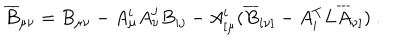
\overline { { { B } } } _ { \mu \nu } = B _ { \mu \nu } - A _ { \mu } ^ { i } A _ { \nu } ^ { j } B _ { i j } - A _ { [ \mu } ^ { i } ( \overline { { { B } } } _ { i \nu ] } - A _ { i } ^ { T } L \overline { { { A } } } _ { \nu ] } ) \ .